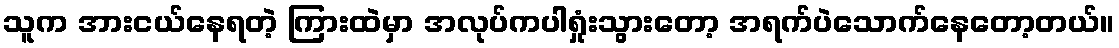
သူက အားငယ်နေရတဲ့ ကြားထဲမှာ အလုပ်ကပါရှုံးသွားတော့ အရက်ပဲသောက်နေတော့တယ်။